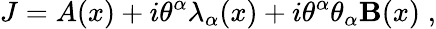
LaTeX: J=A(x)+i\theta^{\alpha}\lambda_{\alpha}(x)+i\theta^{\alpha}\theta_{\alpha}\mathbf{B}(x)\; ,